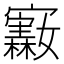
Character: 𪧵